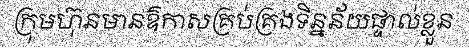
ក្រុមហ៊ុនមានឱកាសគ្រប់គ្រងទិន្នន័យផ្ទាល់ខ្លួន